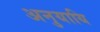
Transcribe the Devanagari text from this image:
अनुयायि